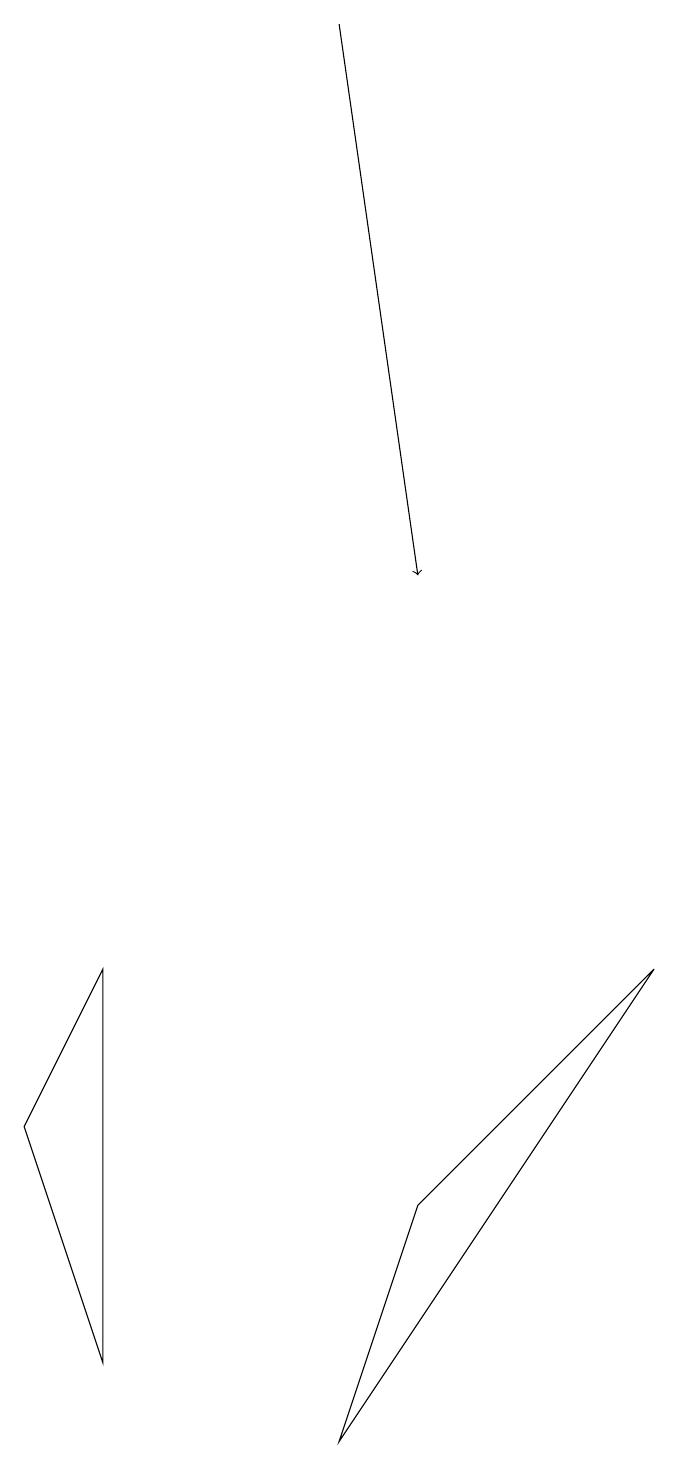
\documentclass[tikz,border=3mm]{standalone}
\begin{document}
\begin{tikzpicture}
\draw[->] (4,18) -- (5,11);
\draw (0,4) -- (1,1) -- (1,6) -- cycle;
\draw (5,3) -- (8,6) -- (4,0) -- cycle;
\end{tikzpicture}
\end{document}